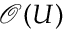
\mathcal { O } ( U )